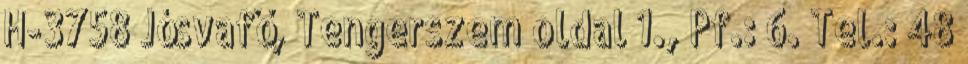
H-3758 Jósvafő, Tengerszem oldal 1., Pf.: 6. Tel.: 48